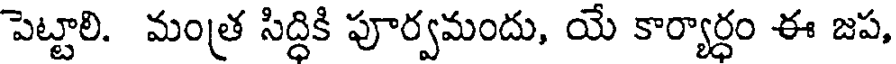
పెట్టాలి. మంత్ర సిద్ధికి పూర్వమందు, యే కార్యార్ధం ఈ జప,